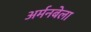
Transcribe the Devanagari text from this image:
अर्मनबेला